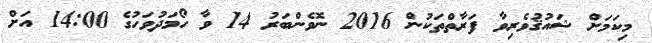
މިކަމަށް ޝައުޤުވެރިވާ ފަރާތްތަކުން 2016 ނޮވެންބަރު 14 ވާ ހޯމަދުވަހުގެ 14:00 އަށް